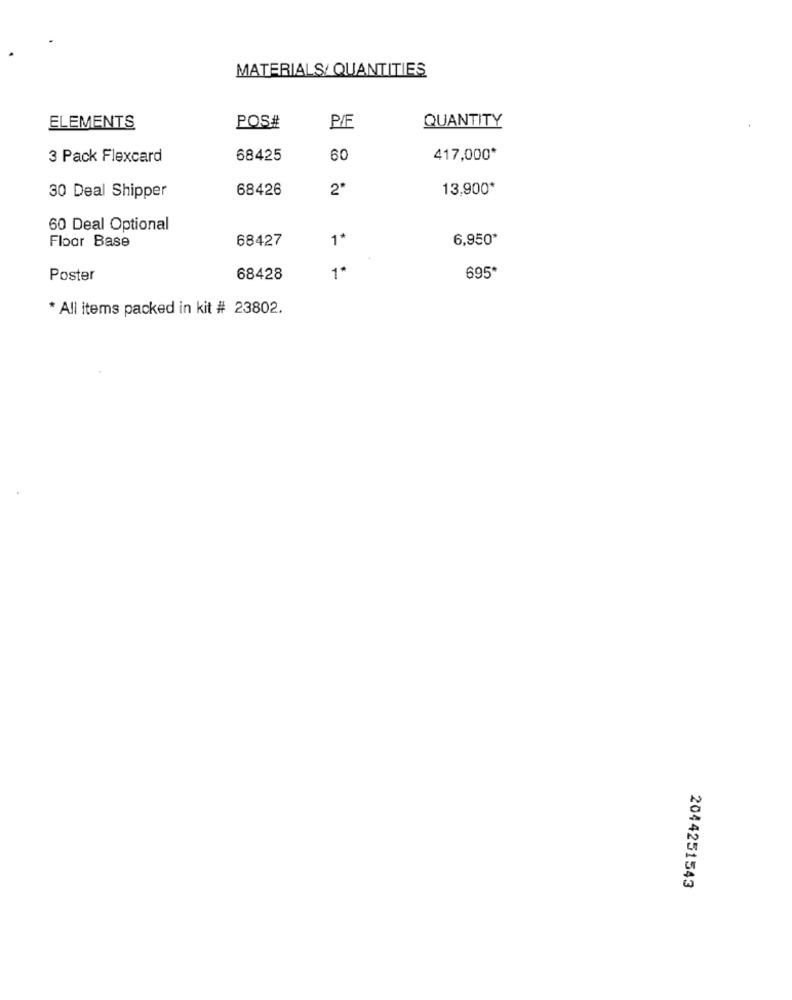
MATERIALS/ QUANTITIES
POS#
QUANTITY
ELEMENTS
P/F
3 Pack Flexcard
68425
60
417,000*
68426
2*
13,900*
30 Deal Shipper
60 Deal Optional
Floor Base
68427
1+
6,950*
Poster
68428
1*
695*
* All items packed in kit # 23802.
2044251543